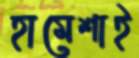
হামেশাই